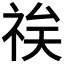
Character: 𱵌